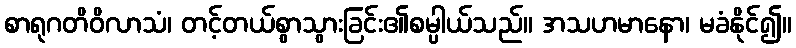
စာရုဂတိဝိလာသံ၊ တင့်တယ်စွာသွားခြင်း၏စမ္ပါယ်သည်။ အသဟမာနော၊ မခံနိုင်၍။